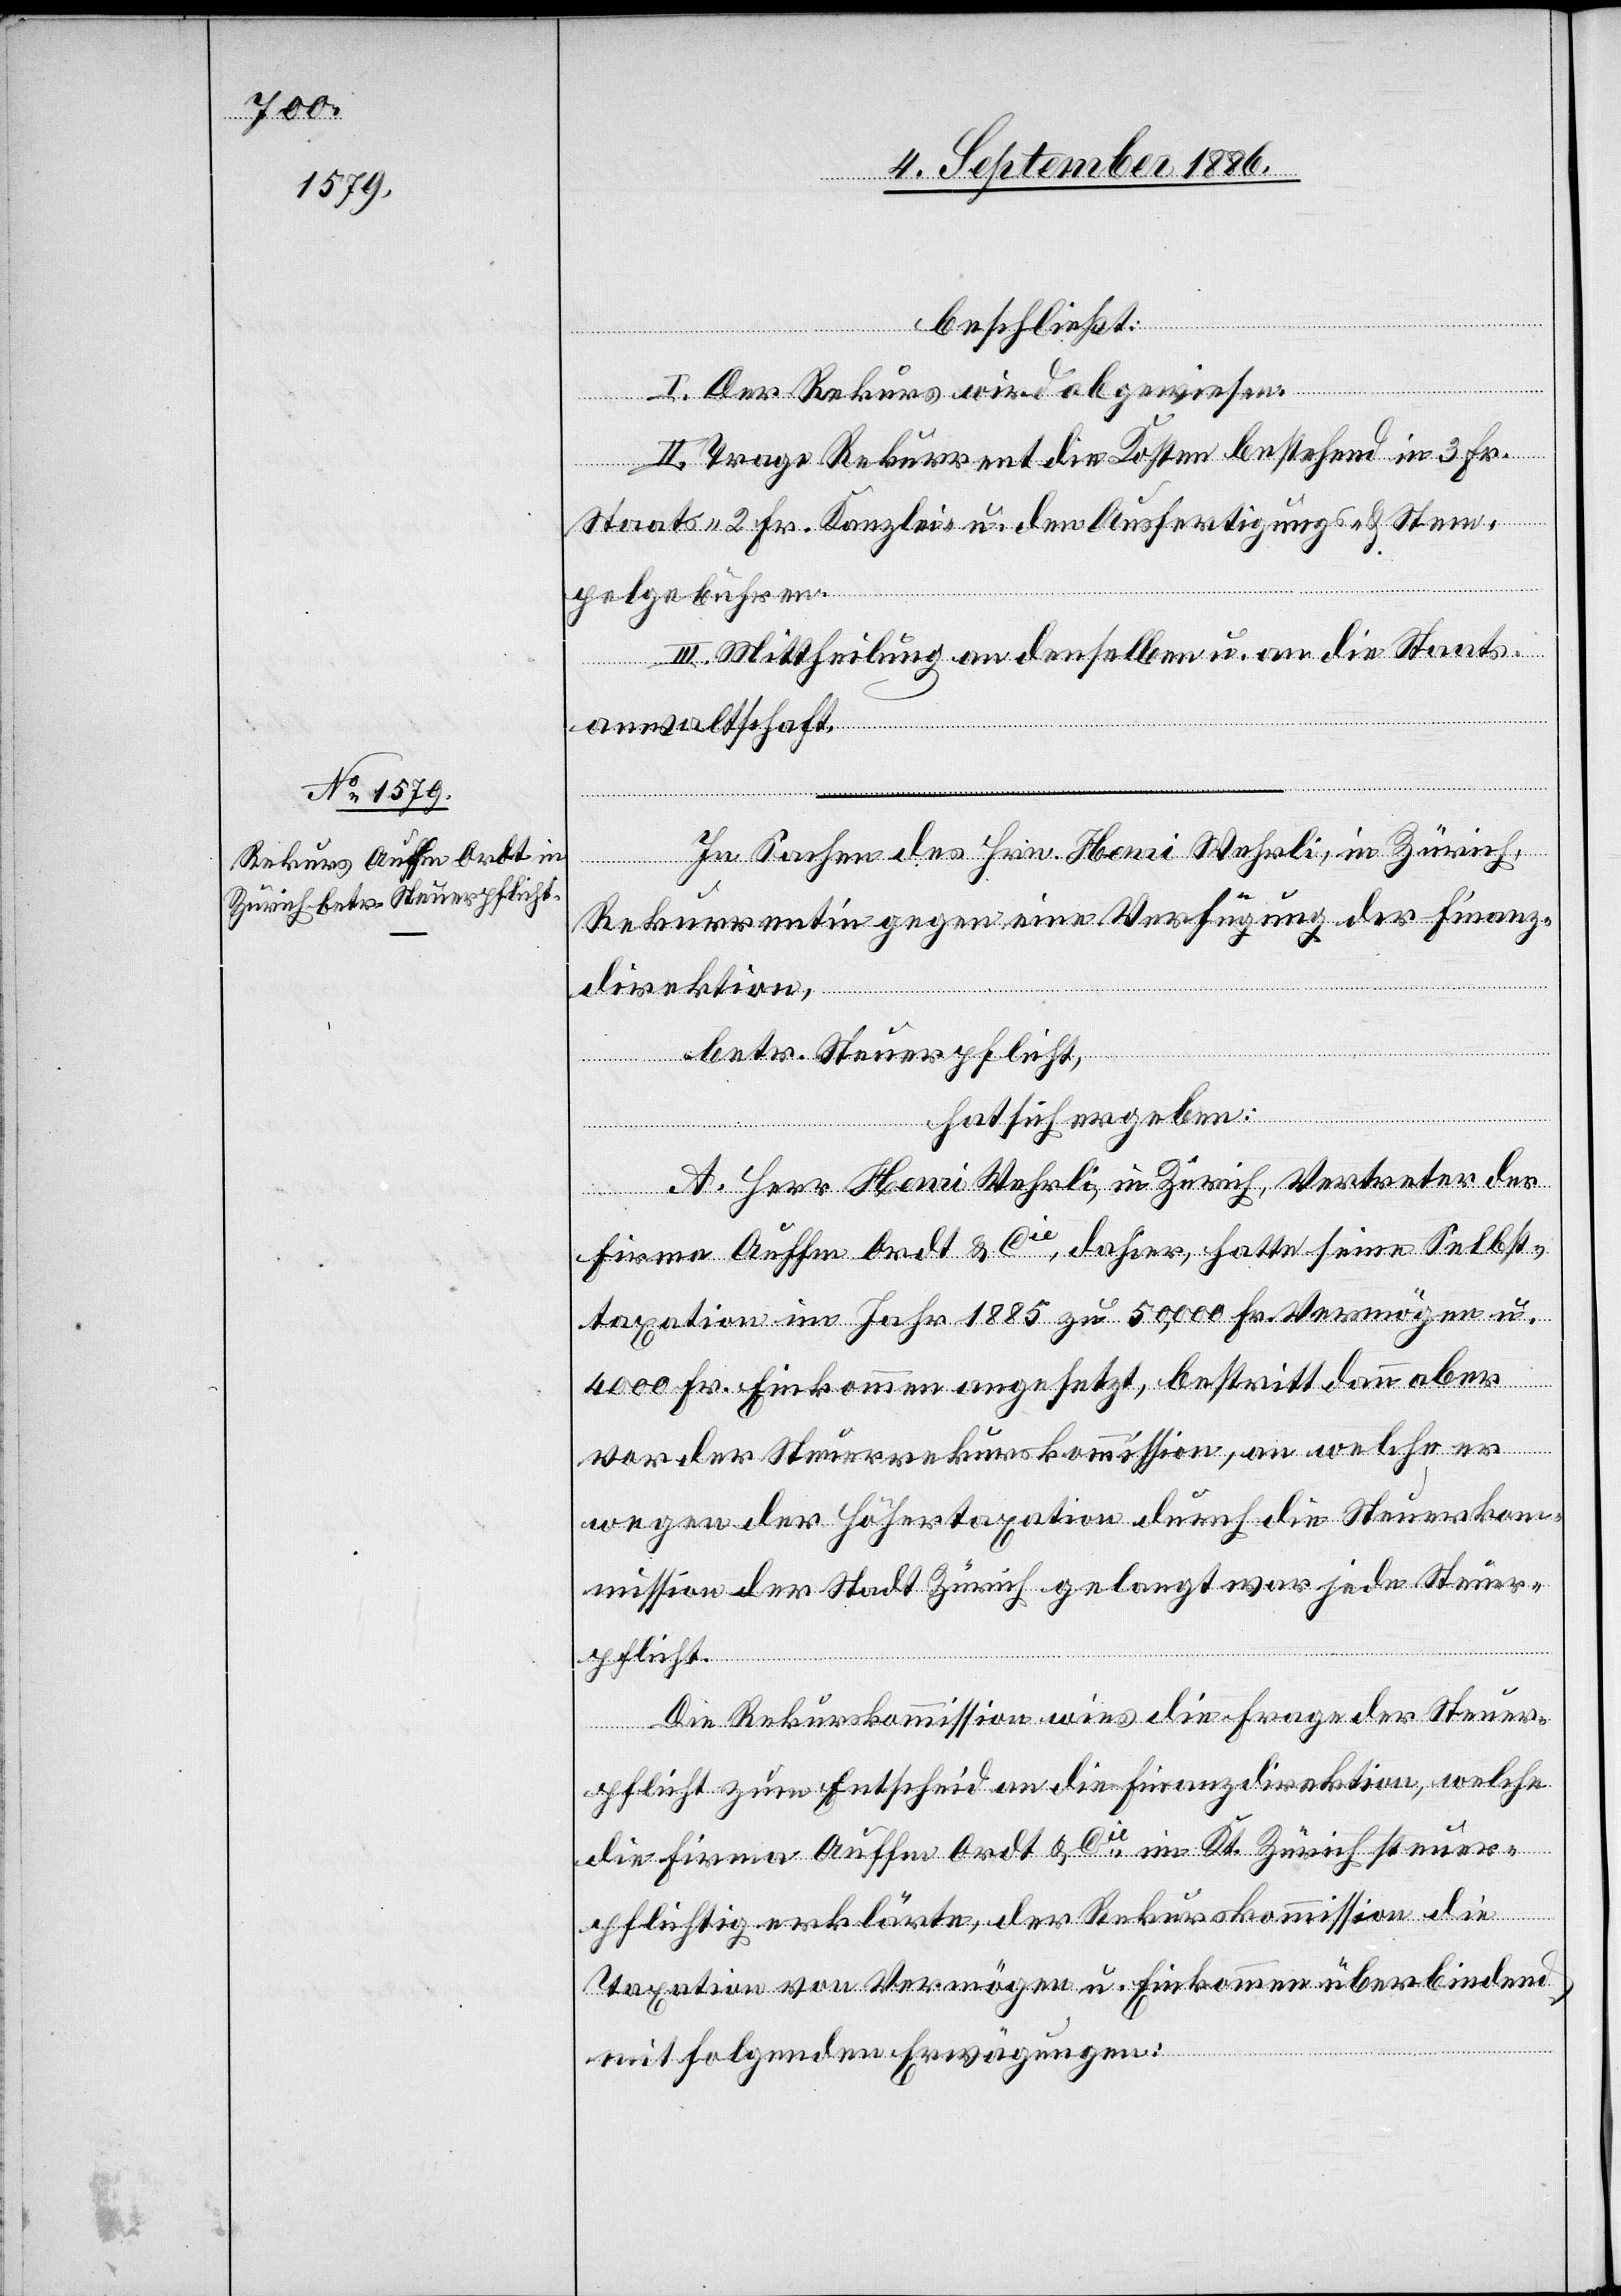
beschließt:
I. Der Rekurs wird abgewiesen.
II. Trage Rekurrent die Kosten bestehend in 3 Fr.
Staats-, 2 Fr. Kanzlei- u. den Ausfertigungs- & Stem¬
pelgebühren.
III. Mittheilung an denselben u. an die Staats¬
anwaltschaft.
In Sachen des Hrn. Henri Wehrli, in Zürich,
Rekurrentin [sic!] gegen eine Verfügung der Finanz¬
direktion,
betr. Steuerpflicht,
hat sich ergeben:
A.
Herr Henri Wehrli, in Zürich, Vertreter der
Firma Auffm Ordt & Cie, dahier, hatte seine Selbst¬
taxation im Jahr 1885 zu 50,000 Fr. Vermögen u.
4000 Fr. Einkommen angesetzt, bestritt dann aber
vor der Steuerkommission, an welche er
wegen der Höhertaxation durch die Steuerkom¬
mission der Stadt Zürich gelangt war jede Steuer¬
pflicht.
Die Rekurskommission wies die Frage der Steuer¬
pflicht zum Entscheid an die Finanzdirektion, welche
die Firma Auffm Ordt & Cie im Kt. Zürich steuer¬
pflichtig erklärte, der Rekurskommission die
Taxation von Vermögen u. Einkommen überbindend
mit folgenden Erwägungen: